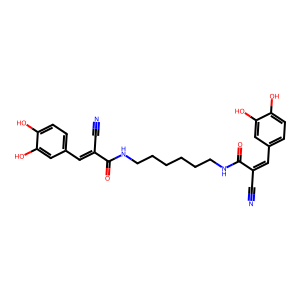
SMILES: N#CC(=Cc1ccc(O)c(O)c1)C(=O)NCCCCCCNC(=O)C(C#N)=Cc1ccc(O)c(O)c1
Inhibits HIV replication: No